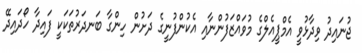
ޖުނައިދު ވިދާޅުވީ އެމްޕީއެލްގެ މުވައްޒަފުންނާއި އެކުންފުނީގެ ދަށުން ހިންގާ ބަނދަރުތަކަކީ ފައިދާ ހޯދައިދޭ